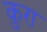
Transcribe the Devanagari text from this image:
क़ुरा